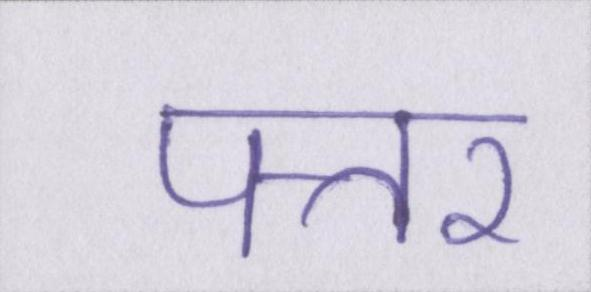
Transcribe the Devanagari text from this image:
पत्तर